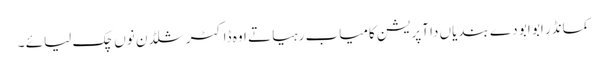
کمانڈر ابو ابو دے بندیاں دا آپریشن کامیاب رہیا تے اوہ ڈاکٹر شلڈن نوں چک لیائے ۔